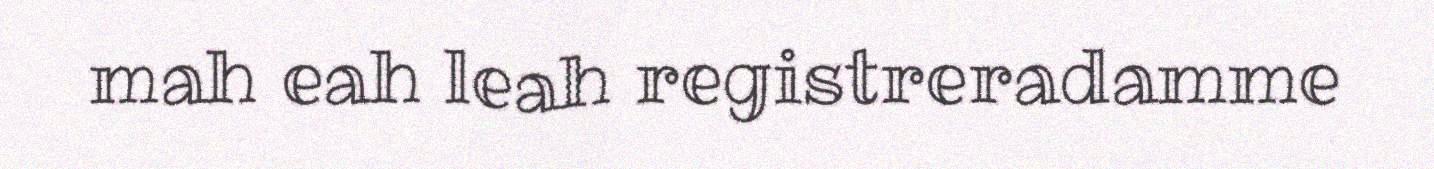
mah eah leah registreradamme